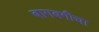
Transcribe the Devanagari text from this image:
बागबगीचा